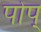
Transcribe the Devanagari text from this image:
पोप्